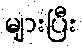
များပြီး